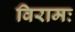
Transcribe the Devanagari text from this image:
विरामः